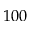
1 0 0